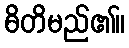
ဓိတိမည်၏။